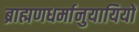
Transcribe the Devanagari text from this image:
ब्राह्मणधर्मानुयायियों